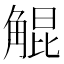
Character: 䚠